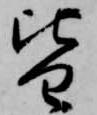
皆